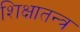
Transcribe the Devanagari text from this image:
शिक्षातन्त्र